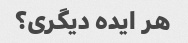
هر ایده دیگری؟